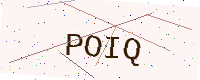
Text: POIQ